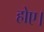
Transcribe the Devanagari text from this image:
होए।